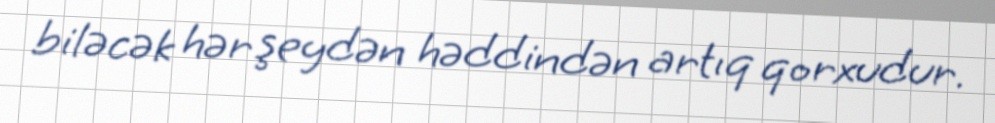
biləcək hər şeydən həddindən artıq qorxudur.